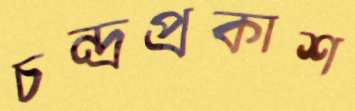
চন্দ্রপ্রকাশ